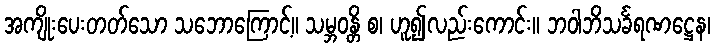
အကျိုးပေးတတ်သော သဘောကြောင့်။ သမ္ဘဝန္တိ စ၊ ဟူ၍လည်းကောင်း။ ဘဝါဘိသင်္ခရဏဋ္ဌေန၊